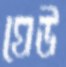
ঘেউ